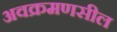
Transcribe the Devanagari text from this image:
अवक्रमणसील